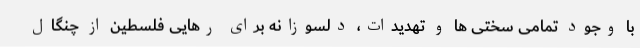
با وجود تمامی سختی ها و تهدیدات، دلسوزانه برای رهایی فلسطین از چنگال